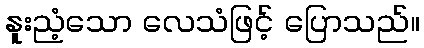
နူးညံ့သော လေသံဖြင့် ပြောသည်။